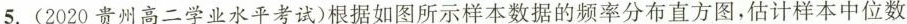
5.(2020贵州高二学业水平考试)根据如图所示样本数据的频率分布直方图，估计样本中位数